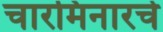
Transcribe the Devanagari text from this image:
चारमिनारचे